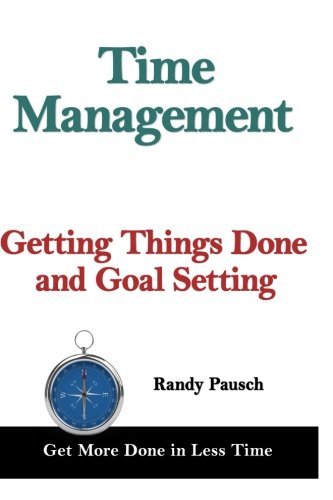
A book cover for Time Management: Getting Things Done and Goal Setting; Randy Pausch; Self-Help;